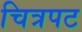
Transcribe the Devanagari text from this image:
चित्रपट